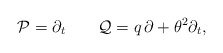
\begin{align*}{\cal P}=\partial_t\qquad {\cal Q}=q\,\partial+\theta^2\partial_t,\end{align*}